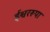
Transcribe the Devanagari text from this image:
ईश्वररूपा